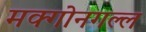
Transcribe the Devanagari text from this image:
मक्गोनगल्ल